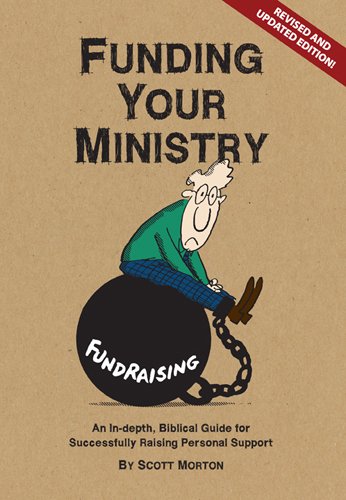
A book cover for Funding Your Ministry; Scott Morton; Christian Books & Bibles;